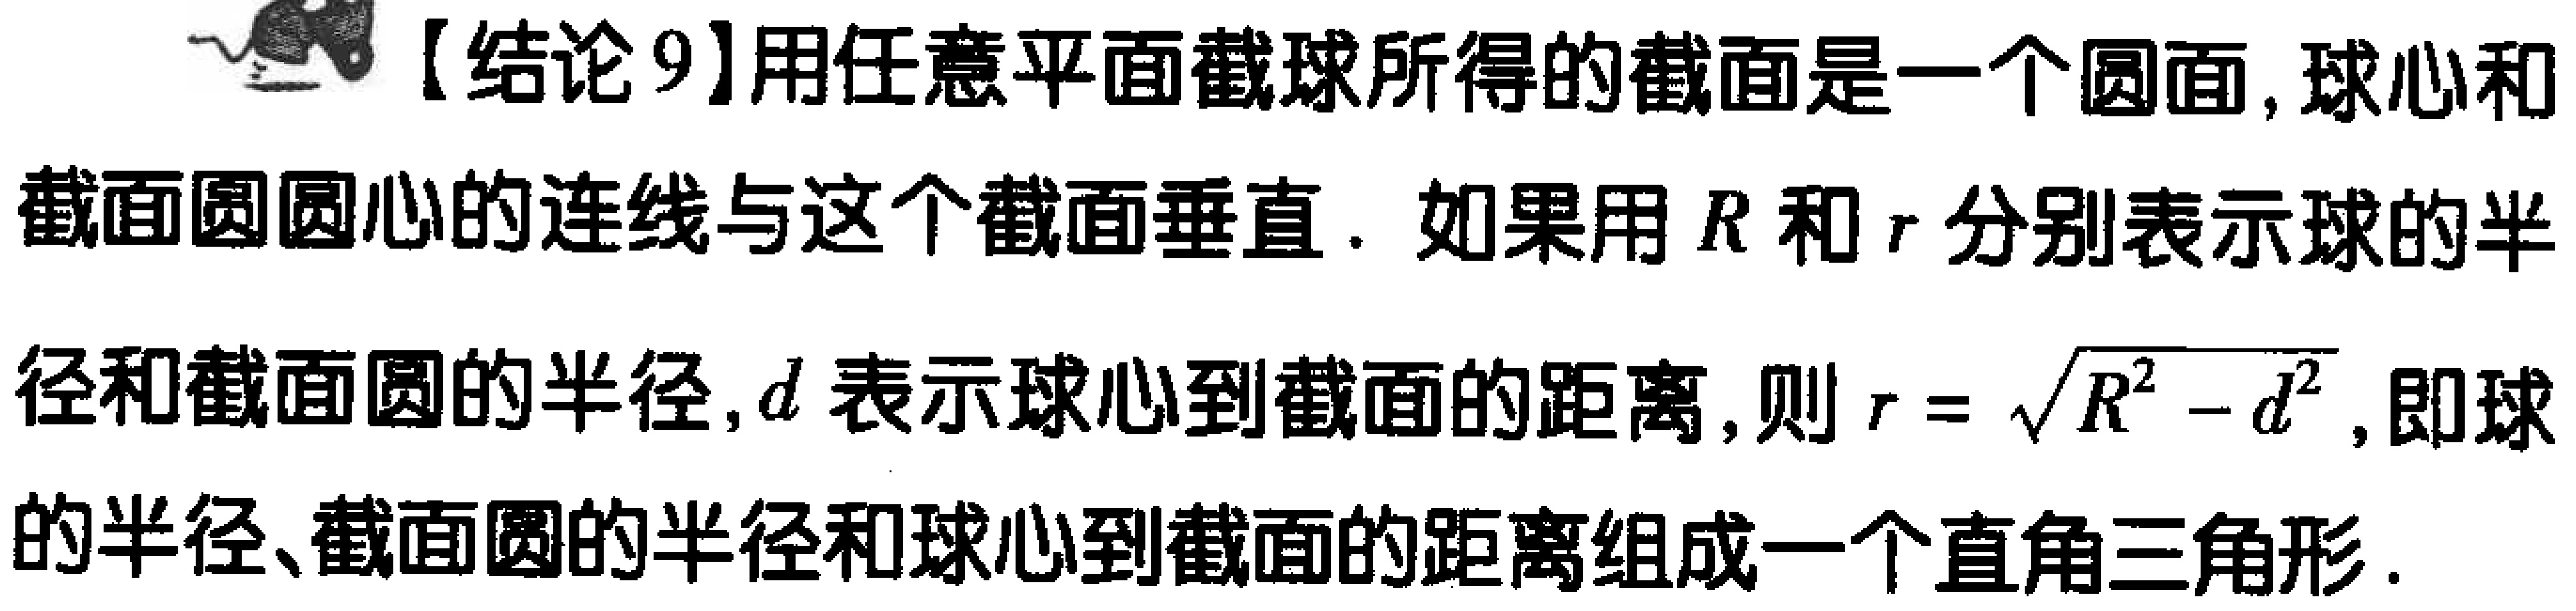
【结论9】用任意平面截球所得的截面是一个圆面, 球心和截面圆圆心的连线与这个截面垂直. 如果用 \(R\) 和 \(r\) 分别表示球的半径和截面圆的半径, \(d\) 表示球心到截面的距离, 则 \(r = \sqrt{R^{2}-d^{2}}\), 即球的半径、截面圆的半径和球心到截面的距离组成一个直角三角形.